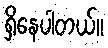
ရှိနေပါတယ်။